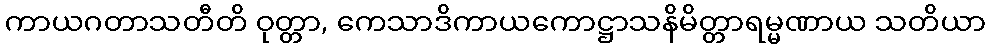
ကာယဂတာသတီတိ ဝုတ္တာ, ကေသာဒိကာယကောဋ္ဌာသနိမိတ္တာရမ္မဏာယ သတိယာ